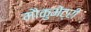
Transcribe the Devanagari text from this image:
मौकुमेंट्री